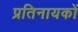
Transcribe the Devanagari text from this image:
प्रतिनायकों